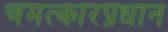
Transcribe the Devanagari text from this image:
चमत्कारप्रधान